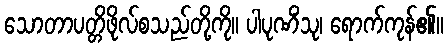
သောတာပတ္တိဖိုလ်စသည်တို့ကို။ ပါပုဏိံသု၊ ရောက်ကုန်၏။